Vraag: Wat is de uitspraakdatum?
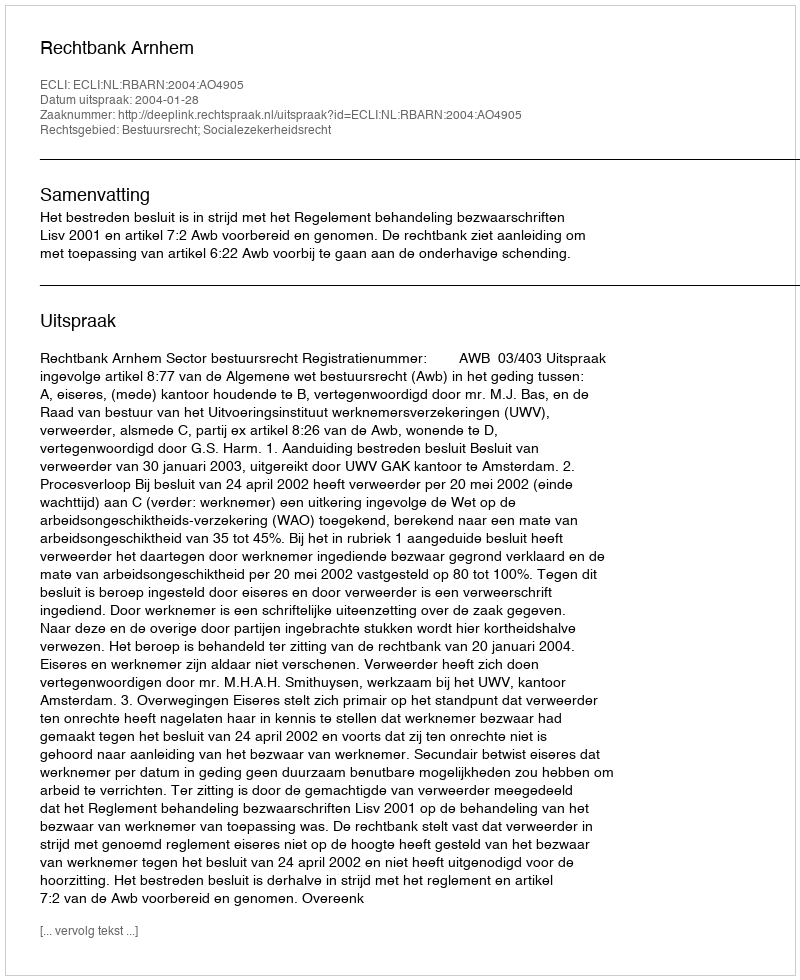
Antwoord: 2004-01-28